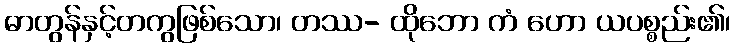
ဓာတွန်နှင့်တကွဖြစ်သော၊ တဿ- ထိုဘော ကံ ဟော ယပစ္စည်း၏၊